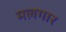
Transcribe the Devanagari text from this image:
मलगार